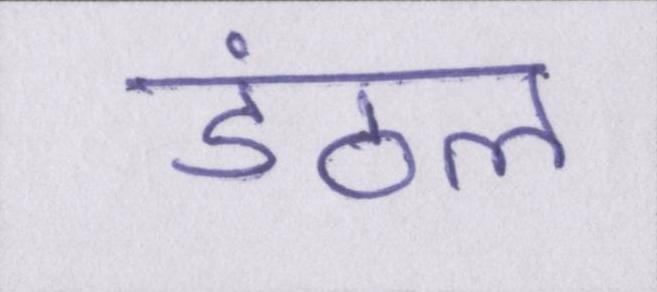
डंठल